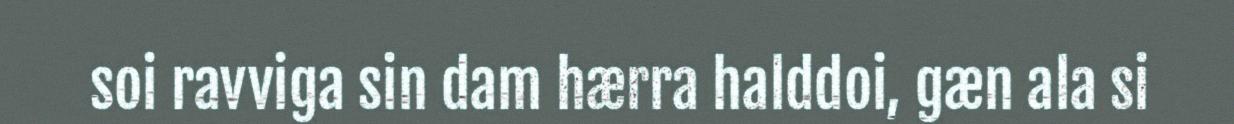
soi ravviga sin dam hærra halddoi, gæn ala si